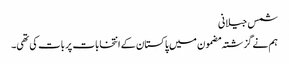
شمس جیلانی
ہم نے گزشتہ مضمون میں پاکستان کے انتخابات پر بات کی تھی۔